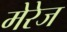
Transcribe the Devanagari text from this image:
मेरेज